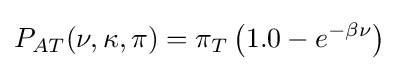
P_{AT}(\nu ,\kappa ,\pi )=\pi _{T}\left(1.0-e^{-\beta \nu }\right)